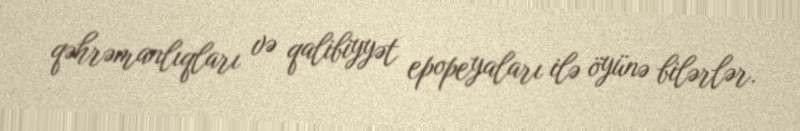
qəhrəmanlıqları və qalibiyyət epopeyaları ilə öyünə bilərlər.